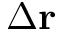
\Delta \mathbf { r }